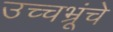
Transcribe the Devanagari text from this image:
उच्चभ्रूंचे